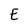
Character: E